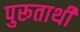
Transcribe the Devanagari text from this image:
पुरूतार्थी